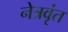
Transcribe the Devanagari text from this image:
नेत्रवृंत